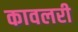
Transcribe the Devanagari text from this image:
कावलरी